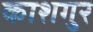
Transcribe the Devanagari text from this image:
काशगुर